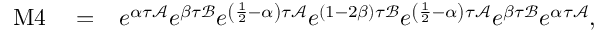
\begin{array} { r l r } { \mathrm { M } 4 } & { { } = } & { e ^ { \alpha \tau \mathcal { A } } e ^ { \beta \tau \mathcal { B } } e ^ { \left( \frac { 1 } { 2 } - \alpha \right) \tau \mathcal { A } } e ^ { ( 1 - 2 \beta ) \tau \mathcal { B } } e ^ { \left( \frac { 1 } { 2 } - \alpha \right) \tau \mathcal { A } } e ^ { \beta \tau \mathcal { B } } e ^ { \alpha \tau \mathcal { A } } , } \end{array}